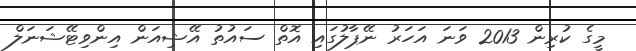
މީގެ ކުރިން 2013 ވަނަ އަހަރު ނޭޕާލުގައި އޮތް ސައުތު އޭޝިއަން އިންވިޓޭޝަނަލް